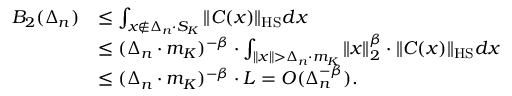
\begin{array} { r l } { B _ { 2 } ( \Delta _ { n } ) } & { \le \int _ { x \not \in \Delta _ { n } \cdot S _ { K } } \| C ( x ) \| _ { \mathrm { H S } } d x } \\ & { \le ( \Delta _ { n } \cdot m _ { K } ) ^ { - \beta } \cdot \int _ { \| x \| > \Delta _ { n } \cdot m _ { K } } \| x \| _ { 2 } ^ { \beta } \cdot \| C ( x ) \| _ { \mathrm { H S } } d x } \\ & { \le ( \Delta _ { n } \cdot m _ { K } ) ^ { - \beta } \cdot L = { \cal O } ( \Delta _ { n } ^ { - \beta } ) . } \end{array}